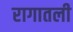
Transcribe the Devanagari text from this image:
रागातली